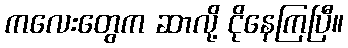
ကလေးတွေက ဆာလို့ ငိုနေကြပြီ။